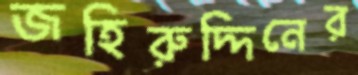
জহিরুদ্দিনের